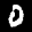
Label: 0